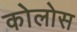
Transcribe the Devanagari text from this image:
कोलोस